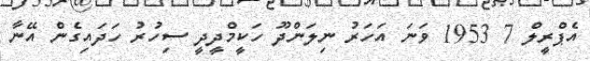
އެޕްރީލް 7 1953 ވަނަ އަހަރު ނިލަންދޫ ހަކީމްދީދީ ސިހުރު ހަދައިގެން އޭނާ